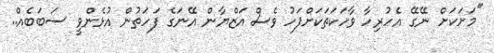
''މަށަކަށް ނޭގޭ އެހުރިހާ ވާހަކަތަކަށްފަހު ވެސް އަޒްޔާން އޭނަގެ ފަހަތުން އުޅެންވީ ސަބަބެއް..